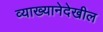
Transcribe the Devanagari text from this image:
व्याख्यानेदेखील